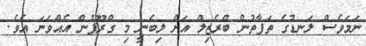
ނަމަވެސް ލަނޑުގެ ތަފާތުން ބްރެޒިލް އަށް ލިބެނީ މި ގްރޫޕުން އެއްވަނަ އެވެ.